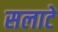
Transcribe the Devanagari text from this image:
सलाटे